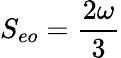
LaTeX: S_{eo}={\frac{2\omega}{3}}